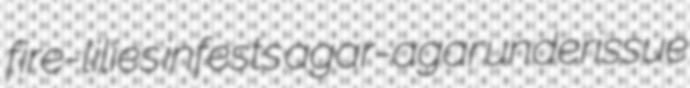
fire-lilies infests agar-agar underissue